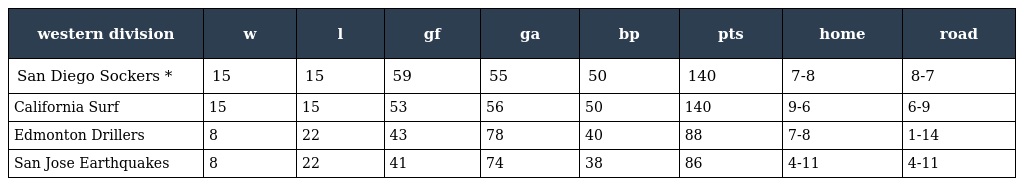
| western division | w | l | gf | ga | bp | pts | home | road |
 | --- | --- | --- | --- | --- | --- | --- | --- | --- |
 | San Diego Sockers * | 15 | 15 | 59 | 55 | 50 | 140 | 7-8 | 8-7 |
 | California Surf | 15 | 15 | 53 | 56 | 50 | 140 | 9-6 | 6-9 |
 | Edmonton Drillers | 8 | 22 | 43 | 78 | 40 | 88 | 7-8 | 1-14 |
 | San Jose Earthquakes | 8 | 22 | 41 | 74 | 38 | 86 | 4-11 | 4-11 |